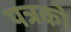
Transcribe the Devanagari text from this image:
पत्रको